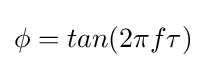
\!\,\phi =tan(2{\pi }f{\tau })